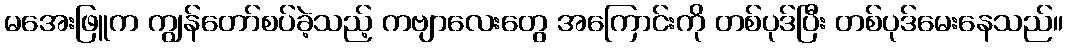
မအေးဖြူက ကျွန်တော်စပ်ခဲ့သည့် ကဗျာလေးတွေ အကြောင်းကို တစ်ပုဒ်ပြီး တစ်ပုဒ်မေးနေသည်။